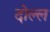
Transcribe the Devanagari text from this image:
दोल्ल